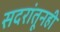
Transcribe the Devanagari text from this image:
सदरांतूनही